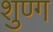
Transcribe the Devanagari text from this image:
शुण्ग